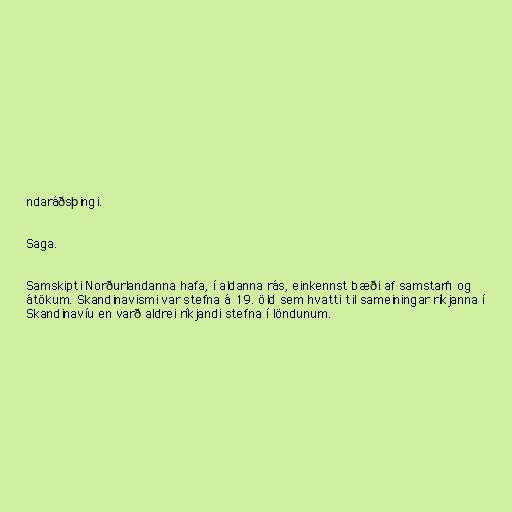
ndaráðsþingi.

Saga.

Samskipti Norðurlandanna hafa, í aldanna rás, einkennst bæði af samstarfi og
átökum. Skandinavismi var stefna á 19. öld sem hvatti til sameiningar ríkjanna í
Skandinavíu en varð aldrei ríkjandi stefna í löndunum.